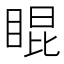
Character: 𥇊